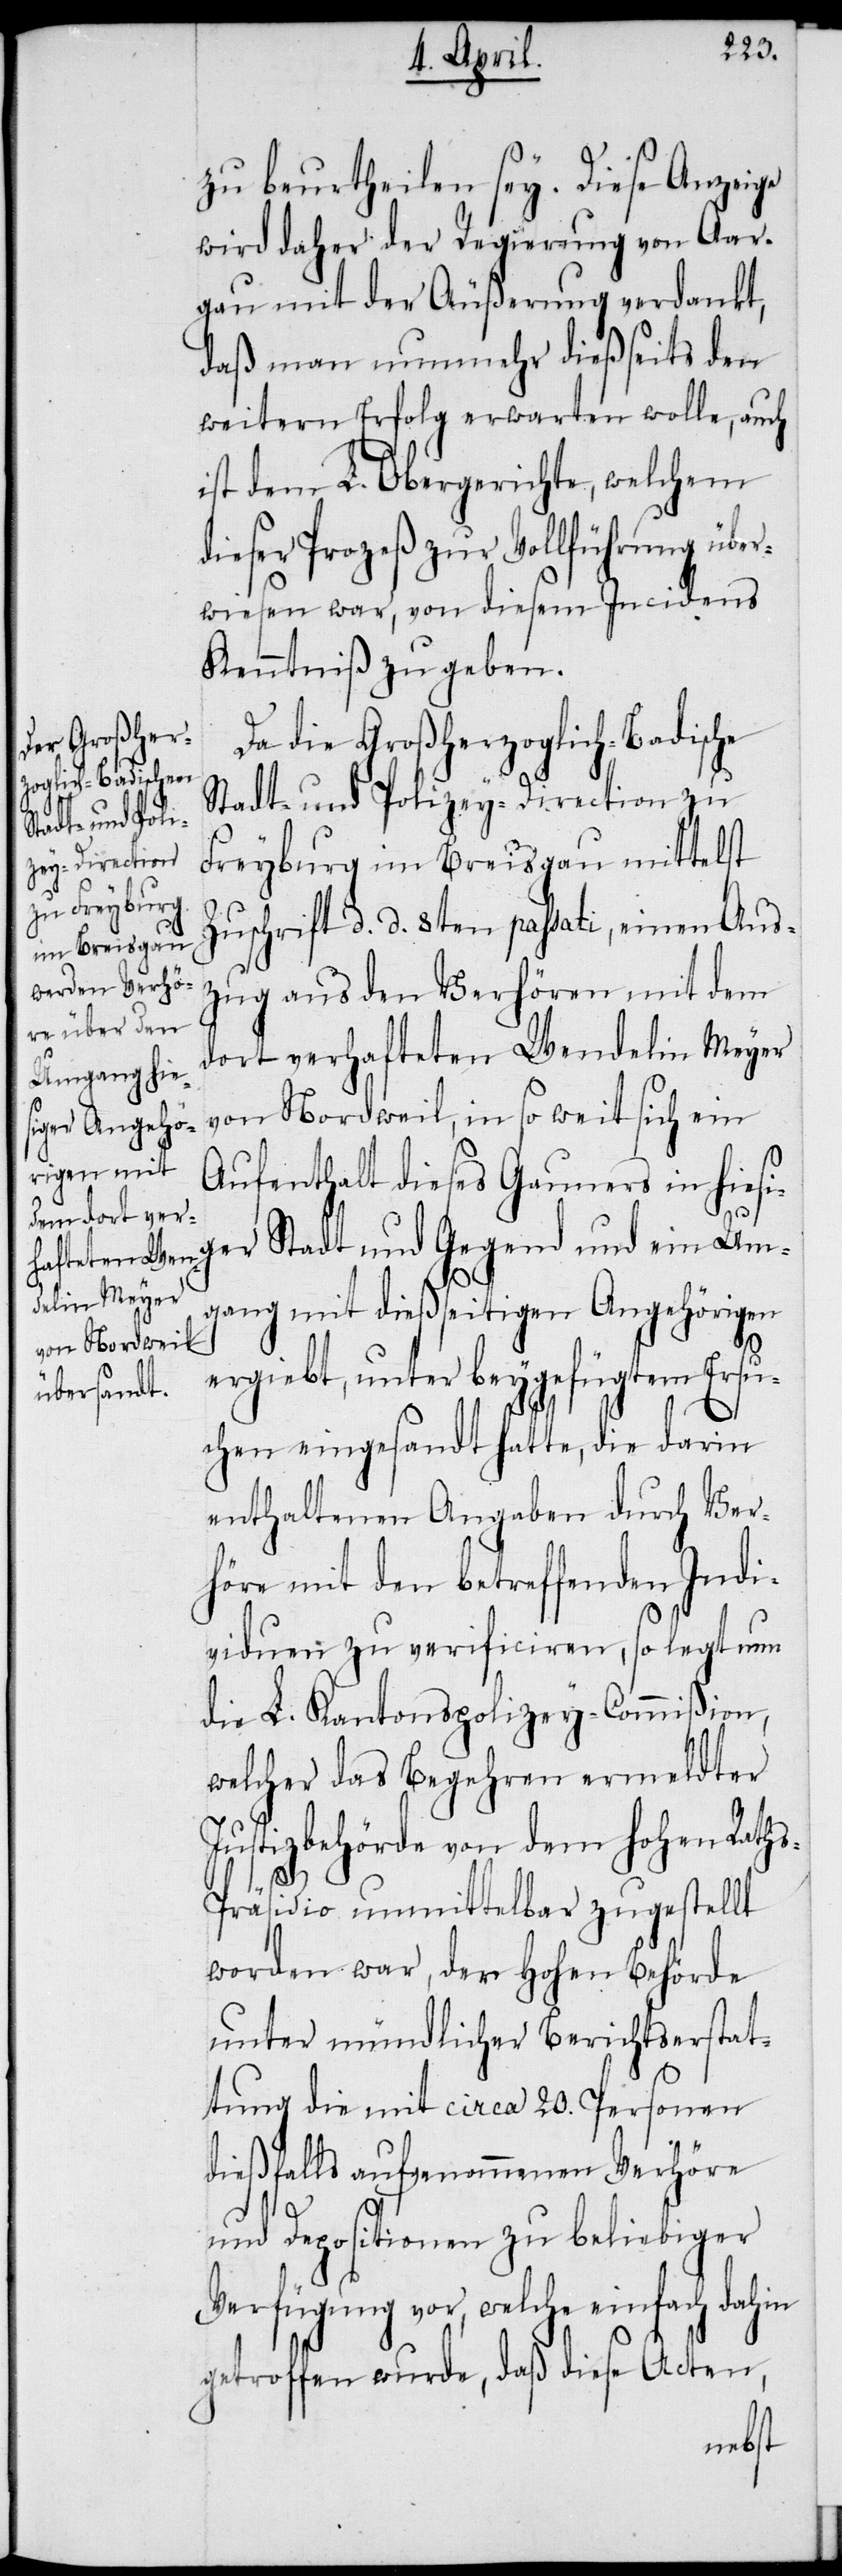
zu beurtheilen sey. Diese Anzeige
wird daher der Regierung von Aar¬
gau mit der Äußerung verdankt,
daß man nunmehr dießseits den
weitern Erfolg erwarten wolle, auch
ist dem L. Obergerichte, welchem
ieser Prozeß zur Vollführung übe¬
rwiesen war, von diesem Incidens
Kenntniß zu geben.
Da die Großherzoglich-Badische
Stadt- und Polizey-Direction zu
Freyburg im Breisgau mittelst
Zuschrift d. d. 8ten passati, einen Aus¬
zug aus den Verhören mit dem
dort verhafteten Wendelin Meyer
von Nordweil, in so weit sich ein
Aufenthalt dieses Gauners in hiesi¬
ger Stadt und Gegend und ein Um¬
gang mit dießseitigen Angehörigen
d¬
ergiebt, unter beygefügtem Ersu¬
chen eingesandt hatte, die darin
enthaltenen Angaben durch Ver¬
höre mit den betreffenden Indi¬
viduen zu verificiren, so legt nun
die L. Kantonspolizey-Commißion,
welcher das Begehren ermeldter
Justizbehörde von dem hohen Rath¬
s-Präsidio unmittelbar zugestellt
worden war, der Hohen Behörde
unter mündlicher Berichtserstat¬
tung die mit circa 20. Personen
dießfalls aufgenommenen Verhöre
und Depositionen zu beliebiger
Verfügung vor, welche einfach dahin
getroffen wurde, daß diese Acten,